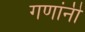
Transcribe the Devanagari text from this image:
गणांनी